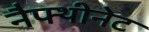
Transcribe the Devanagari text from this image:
नैफ्थीनेट